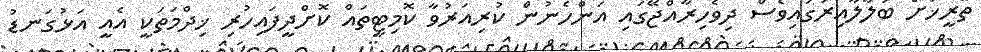
ތާރީޚަށް ބަލާލާއިރުގައިވެސް ދިވެހިރާއްޖޭގައި އަންހެނުން ކުރިއަރުވާ ކޮމިޓީތައް ކޮށްދީފައިހުރި ޚިދްމަތަކީ އެއީ އަޅުގަނޑު